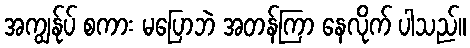
အကျွန်ုပ် စကား မပြောဘဲ အတန်ကြာ နေလိုက် ပါသည်။